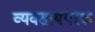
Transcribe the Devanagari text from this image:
व्‍यवसायपरक